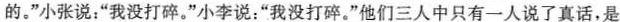
的。”小张说：”我没打碎。”小李说：”我没打碎。”他们三人中只有一人说了真话，是